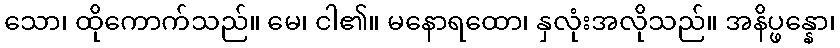
သော၊ ထိုကောက်သည်။ မေ၊ ငါ၏။ မနောရထော၊ နှလုံးအလိုသည်။ အနိပ္ဖန္နော၊